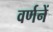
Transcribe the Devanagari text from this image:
वर्णनें